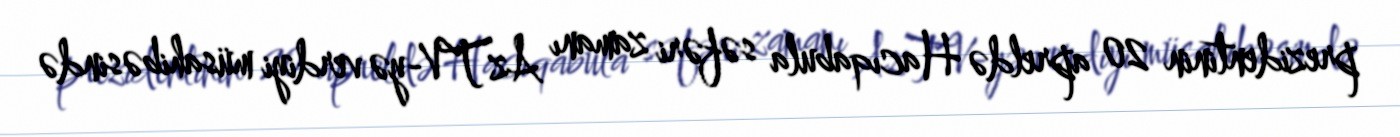
prezidentinin 20 apreldə Hacıqabula səfəri zamanı AzTV-yə verdiyi müsahibəsində